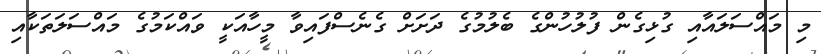
މި މައްސަލައާއި ގުޅިގެން ފުލުހުންގެ ބެލުމުގެ ދަށަށް ގެނެސްފައިވާ މީހާއަކީ ވައްކަމުގެ މައްސަލަތަކާއި